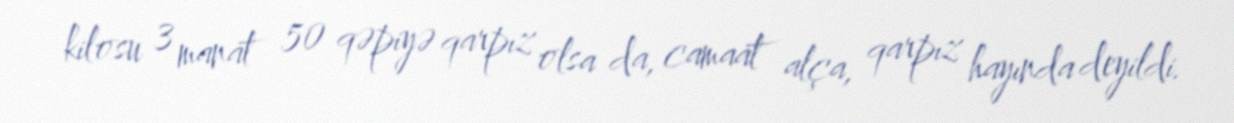
kilosu 3 manat 50 qəpiyə qarpız olsa da, camaat alça, qarpız hayında deyildi.